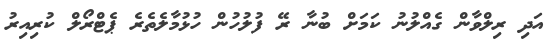
އަދި ރިލްވާން ގެއްލުނު ކަމަށް ބުނާ ރޭ ފުލުހުން ހުޅުމާލެތެރެ ޕެޓްރޯލް ކުރިއިރު